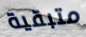
متبقية